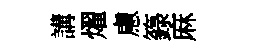
講燿慮籙麻